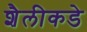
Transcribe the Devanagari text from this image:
शैलीकडे